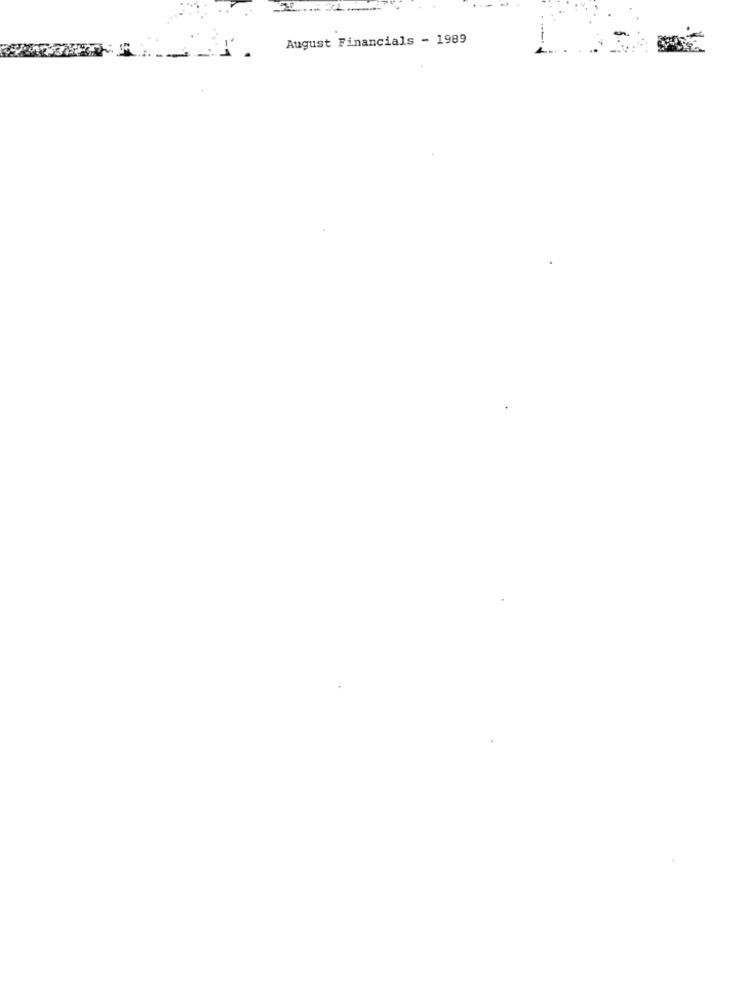
August Financials - 1989